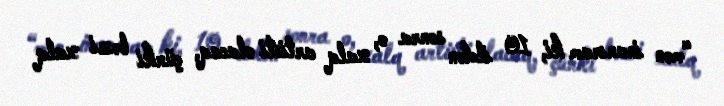
“mən inanıram ki, 10 ildən sonra o, xalq artisti olacaq, çünki bəzi xalq